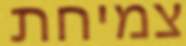
צמיחת